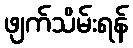
ဖျက်သိမ်းရန်